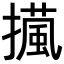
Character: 𢶻